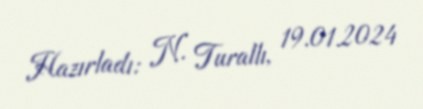
Hazırladı: N. Turallı, 19.01.2024